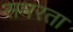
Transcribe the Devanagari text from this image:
समरता